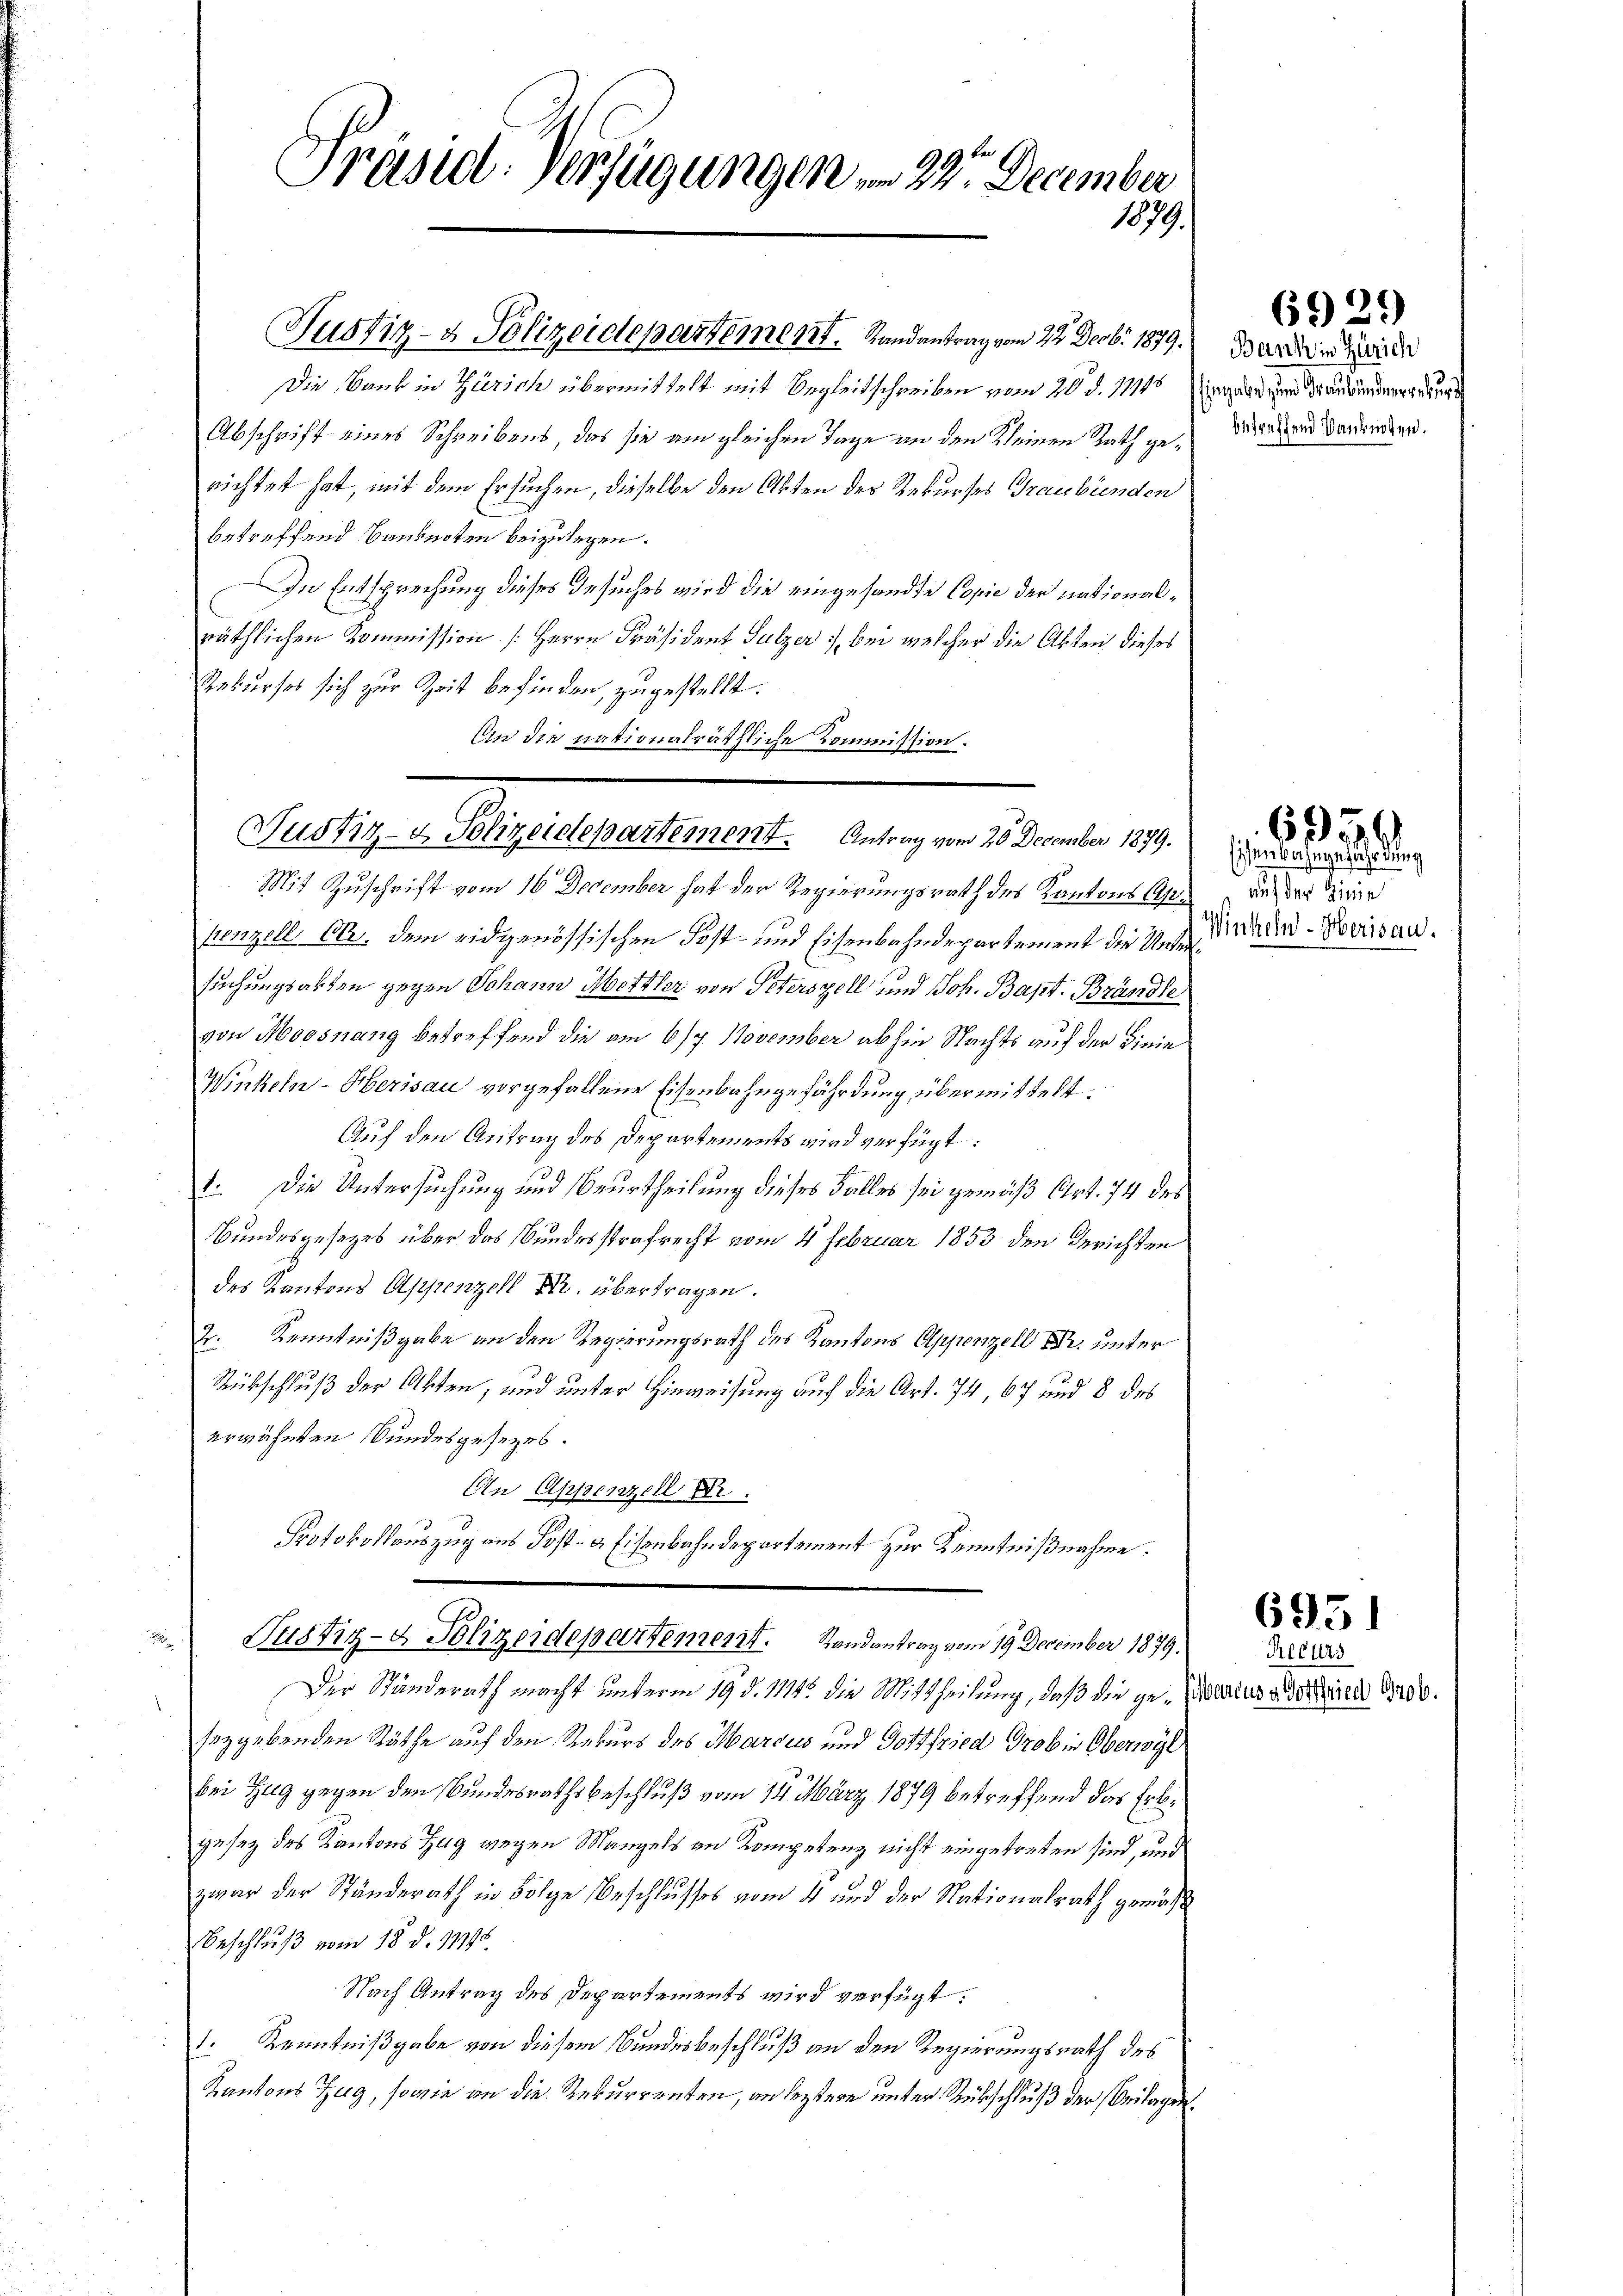
Präsidl-Verfügungen , 22. December
1879.

Die Bank in Zürich übermittelt mit Begleitschreiben vom 20. d. 111 Eingabe zur Trauunge
Abschrift eines Schreibens, das sie am gleichen Tage an den Kleinen Rath gerichtet hat, mit dem Ersuchen, dieselbe den Akten der Rekurses Graubünden
betreffend Banknoten beizulegen.
In Entsprechung dieses Gesuches wird die eingesandte Copie der nationalräthlichen Kommission (Herrn Präsident Sulzer, bei welcher die Akten dieses
Rekurses sich zur Zeit befinden, zugestellt.
An die nationalräthliche Kommission.

Justiz- & Polizeidepartement. Antrag vom 20. December 1879.

Mit Zuschrift vom 16 December hat der Regierungsrath des Kantons Appenzell Ctr. dem eidgenössischen Post- und Eisenbahndepartement die Untersuchungsabten gegen Johann Mettler von Peterszell und Joh. Bapt. Brändle
von Moosnang betreffend die am 6/7. November abhin Nachts auf der Linie
Winkeln-Herisau vorgefallene Eisenbahngefährdung übermittelt.
Auf den Antrag des Departements wird verfügt:
1. Die Untersuchung und Beurtheilung dieses Falles sei gemäß Art. 74 des
Bundesgesetzes über das Bundesstrafrecht vom 4. Februar 1853 den Gerichten
des Kantons Appenzell Fr. übertragen.
2. Kenntnißgabe an den Regierungsrath des Kantons Appenzell Br. unter
Rückschluß der Akten, und unter Hinweisung auf die Art. 74, 67 und 8 des
erwähnten Bundesgesezes.
En Appenzell Dr.
Protokollauszug aus Post- u. Eisenbahndepartement zur Kenntnißnahme.
Justiz- & Polizeidepartement. Randantrag vom 19. December 1879.
.
Der Standerath macht unterm 19. d. 1114. die Mittheilung, daß die ge- Marius aus der Grob.
sozgebenden Räthe auf den Rekurs des Marcus und Gottfried Grob in Oberwyl
bei Zug gegen den Bundesrathsbeschluß vom 14. März 1879 betreffend das Erbgesetz des Kantons Zug wegen Mangels an Kompetenz nicht eingetreten sind, und
zwar der Ständerath in Folge Beschlusses vom 4 und der Nationalrath gemäß
Beschluß vom 18. d. 11998.
Nach Antrag des Departements wird verfügt:
1. Kenntnißgabe von diesem Bundesbeschluß an den Regierungsrath des
Kantons Zug, sowie an die Rekurrenten, an leztere unter Rückschluß der Beilagen¬

Justiz- & Polizeidepartement. Randantrag vom 22. Decbr 1879.

Bank in Zürich
betreffend Banknoten.

6929

Eisen Bahngefährdung
auf der Linie
Winkeln - Herisau.

6950

6931

Recurs